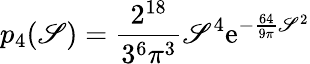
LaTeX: p_{4}(\mathscr{S})={\frac{{2^{18}}}{{3^{6}\pi^{3}}}}\mathscr{S}^{4}\mathrm{{e}}^{-{\frac{{64}}{{9\pi}}}\mathscr{S}^{2}}